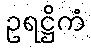
ဥရဋ္ဌိကံ